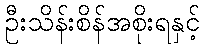
ဦးသိန်းစိန်အစိုးရနှင့်